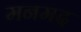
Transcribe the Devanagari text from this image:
मनमद